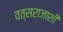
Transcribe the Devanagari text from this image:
वत्सराजाशी